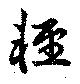
軽